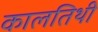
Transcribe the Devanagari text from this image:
कालतिथी